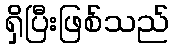
ရှိပြီးဖြစ်သည်